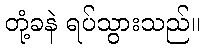
တုံ့ခနဲ ရပ်သွားသည်။